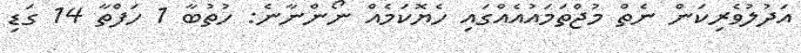
އަދުލުވެރިކަން ނެތް މުޖްތަމައުއެއްގައި ހެޔޮކަމެއް ނޯންނާނެ: ހުތުބާ 1 ހަފްތާ 14 ގަޑި